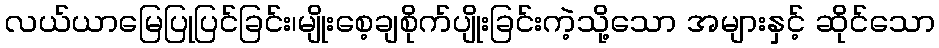
လယ်ယာမြေပြုပြင်ခြင်း၊မျိုးစေ့ချစိုက်ပျိုးခြင်းကဲ့သို့သော အများနှင့် ဆိုင်သော